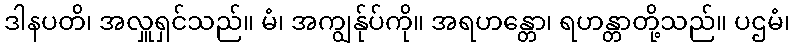
ဒါနပတိ၊ အလှူရှင်သည်။ မံ၊ အကျွန်ုပ်ကို။ အရဟန္တော၊ ရဟန္တာတို့သည်။ ပဌမံ၊